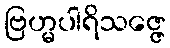
ဗြဟ္မပါရိသဇ္ဇေ